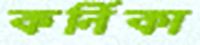
কর্নিকা